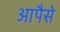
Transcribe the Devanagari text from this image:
आपैसे